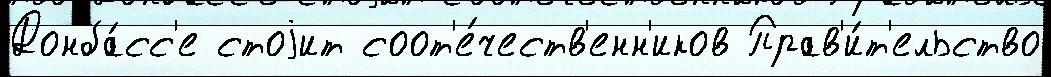
Донба́сс'е стоjит соот'е́честв'енн'иков Прав'и́т'ельство